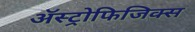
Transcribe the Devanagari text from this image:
ॲस्ट्रोफिजिक्‍स